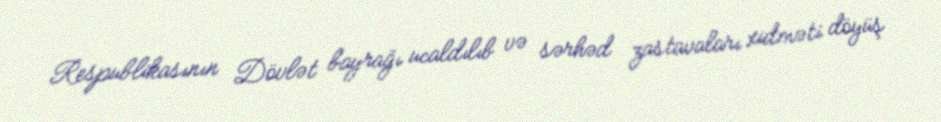
Respublikasının Dövlət bayrağı ucaldılıb və sərhəd zastavaları xidməti döyüş